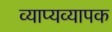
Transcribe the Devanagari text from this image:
व्याप्यव्यापक